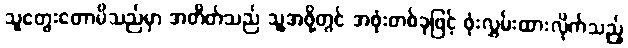
သူတွေးတောမိသည်မှာ အတိတ်သည် သူ့အဖို့တွင် အဖုံးတစ်ခုဖြင့် ဖုံးလွှမ်းထားလိုက်သည့်